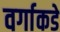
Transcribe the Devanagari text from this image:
वर्गाकडे